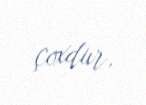
çoxdur.